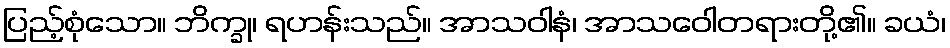
ပြည့်စုံသော။ ဘိက္ခု၊ ရဟန်းသည်။ အာသဝါနံ၊ အာသဝေါတရားတို့၏။ ခယံ၊